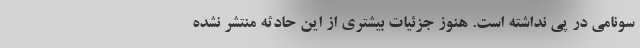
سونامی در پی نداشته است. هنوز جزئیات بیشتری از این حادثه منتشر نشده